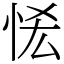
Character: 恡